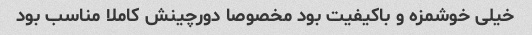
خیلی خوشمزه و باکیفیت بود مخصوصا دورچینش کاملا مناسب بود